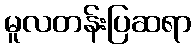
မူလတန်းပြဆရာ